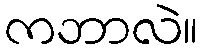
ကဘာလဲ။